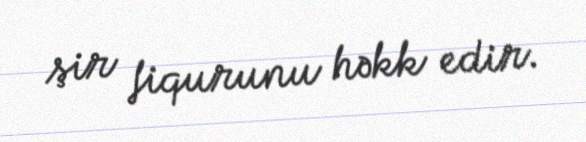
şir fiqurunu həkk edir.